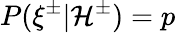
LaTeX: P(\xi^{\pm}|\mathcal{H}^{\pm})=p